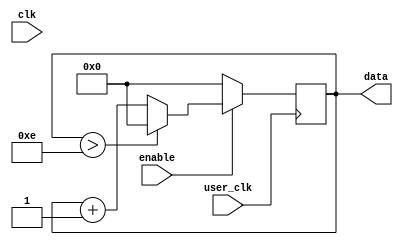
module UserInput (	//actually async sequential circuit driven by user pressing debouncing button and board clock
			//every press increases number by 1
	input clk,
	input user_clk,
	input enable,
	output [3:0] data
);
	reg[3:0] number = 0;
	
	always @(negedge user_clk) begin	//press = 0; no_press = 1
		if (!enable) begin
			number <= 0;
		end
		else begin
			if (number > 4'b1110) begin
				number <= 0;
			end
			else begin
				number <= number + 1'b1;
			end
		end
	end
	assign data[3:0] = number[3:0];
endmodule